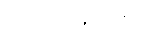
ဂရုကရောတိ